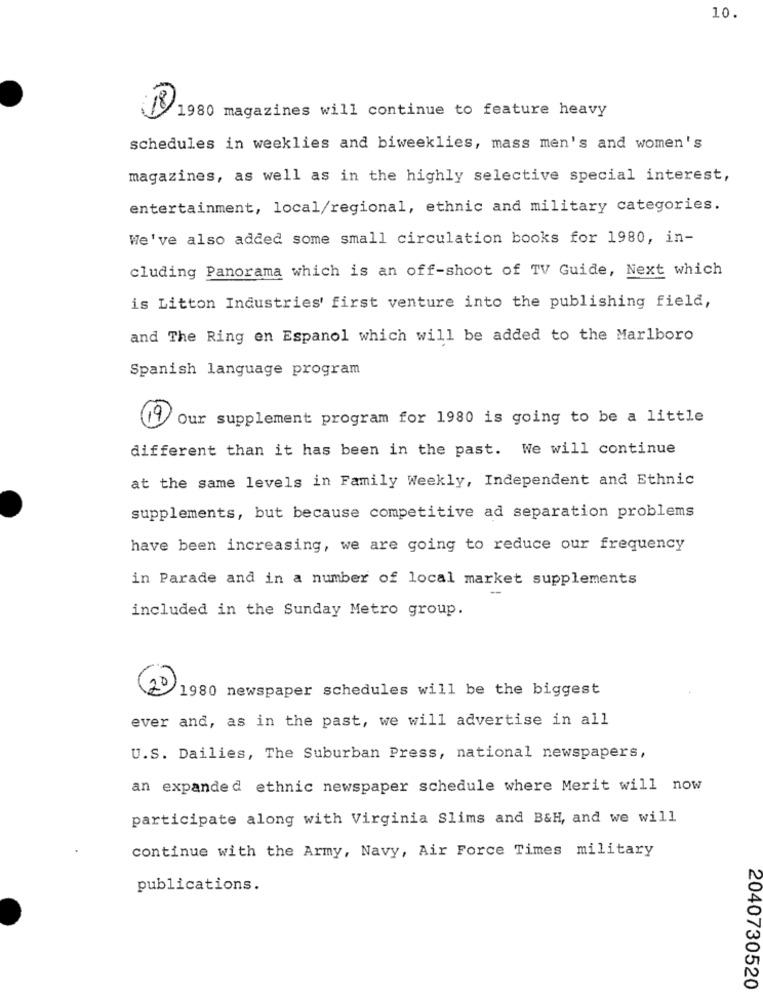
10.
18
1980 magazines will continue to feature heavy
schedules in weeklies and biweeklies, mass men's and women's
magazines, as well as in the highly selective special interest,
entertainment, local/regional, ethnic and military categories.
We've also added some small circulation books for 1980, in-
cluding Panorama which is an off-shoot of TV Guide, Next which
is Litton Industries' first venture into the publishing field,
and The Ring en Espanol which will be added to the Marlboro
Spanish language program
19
Our supplement program for 1980 is going to be a little
different than it has been in the past. We will continue
at the same levels in Family Weekly, Independent and Ethnic
supplements, but because competitive ad separation problems
have been increasing, we are going to reduce our frequency
in Parade and in a number of local market supplements
included in the Sunday Metro group.
20
1980 newspaper schedules will be the biggest
ever and, as in the past, we will advertise in all
U.S. Dailies, The Suburban Press, national newspapers,
an expanded ethnic newspaper schedule where Merit will now
participate along with Virginia Slims and B&H, and we will
continue with the Army, Navy, Air Force Times military
publications.
2040730520